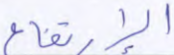
الإرتفاع